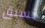
تسبق